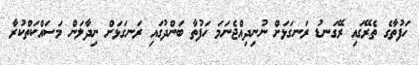
ހަފުތާގެ ތެރޭގައި ރޭގަނޑު ރަނގަޅަށް ނުނިދިއްޖެނަމަ ހަފުތާ ބަންދުގައި ރަނގަޅަށް ނިދާލަން މަސައްކަތްކުރާ